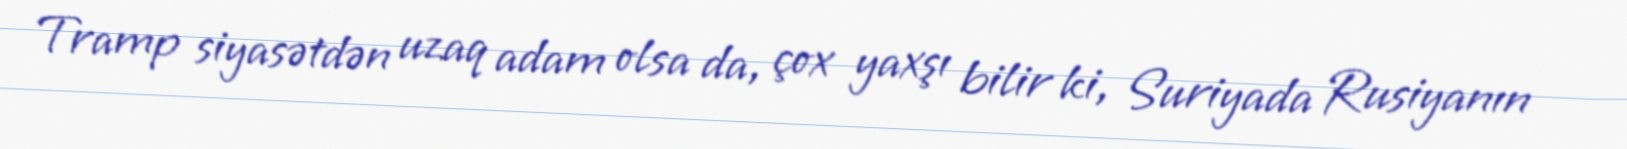
Tramp siyasətdən uzaq adam olsa da, çox yaxşı bilir ki, Suriyada Rusiyanın